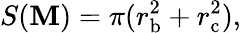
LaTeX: S(\mathbf{M})=\pi(r_{\mathrm{{b}}}^{2}+r_{\mathrm{{c}}}^{2}),